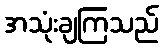
အသုံးချကြသည်